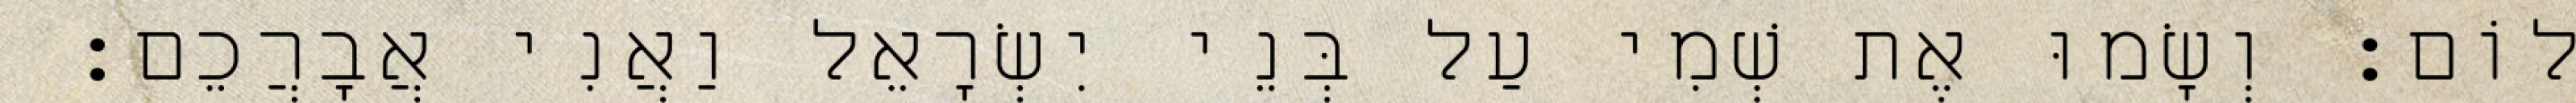
שָׁלוֹם׃ וְשָׂמוּ אֶת שְׁמִי עַל בְּנֵי יִשְׂרָאֵל וַאֲנִי אֲבָרֲכֵם׃